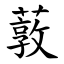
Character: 䔻